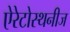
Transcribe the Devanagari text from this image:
ऐरेटोस्थनीज